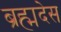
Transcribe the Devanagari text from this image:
ब्रह्मदेस